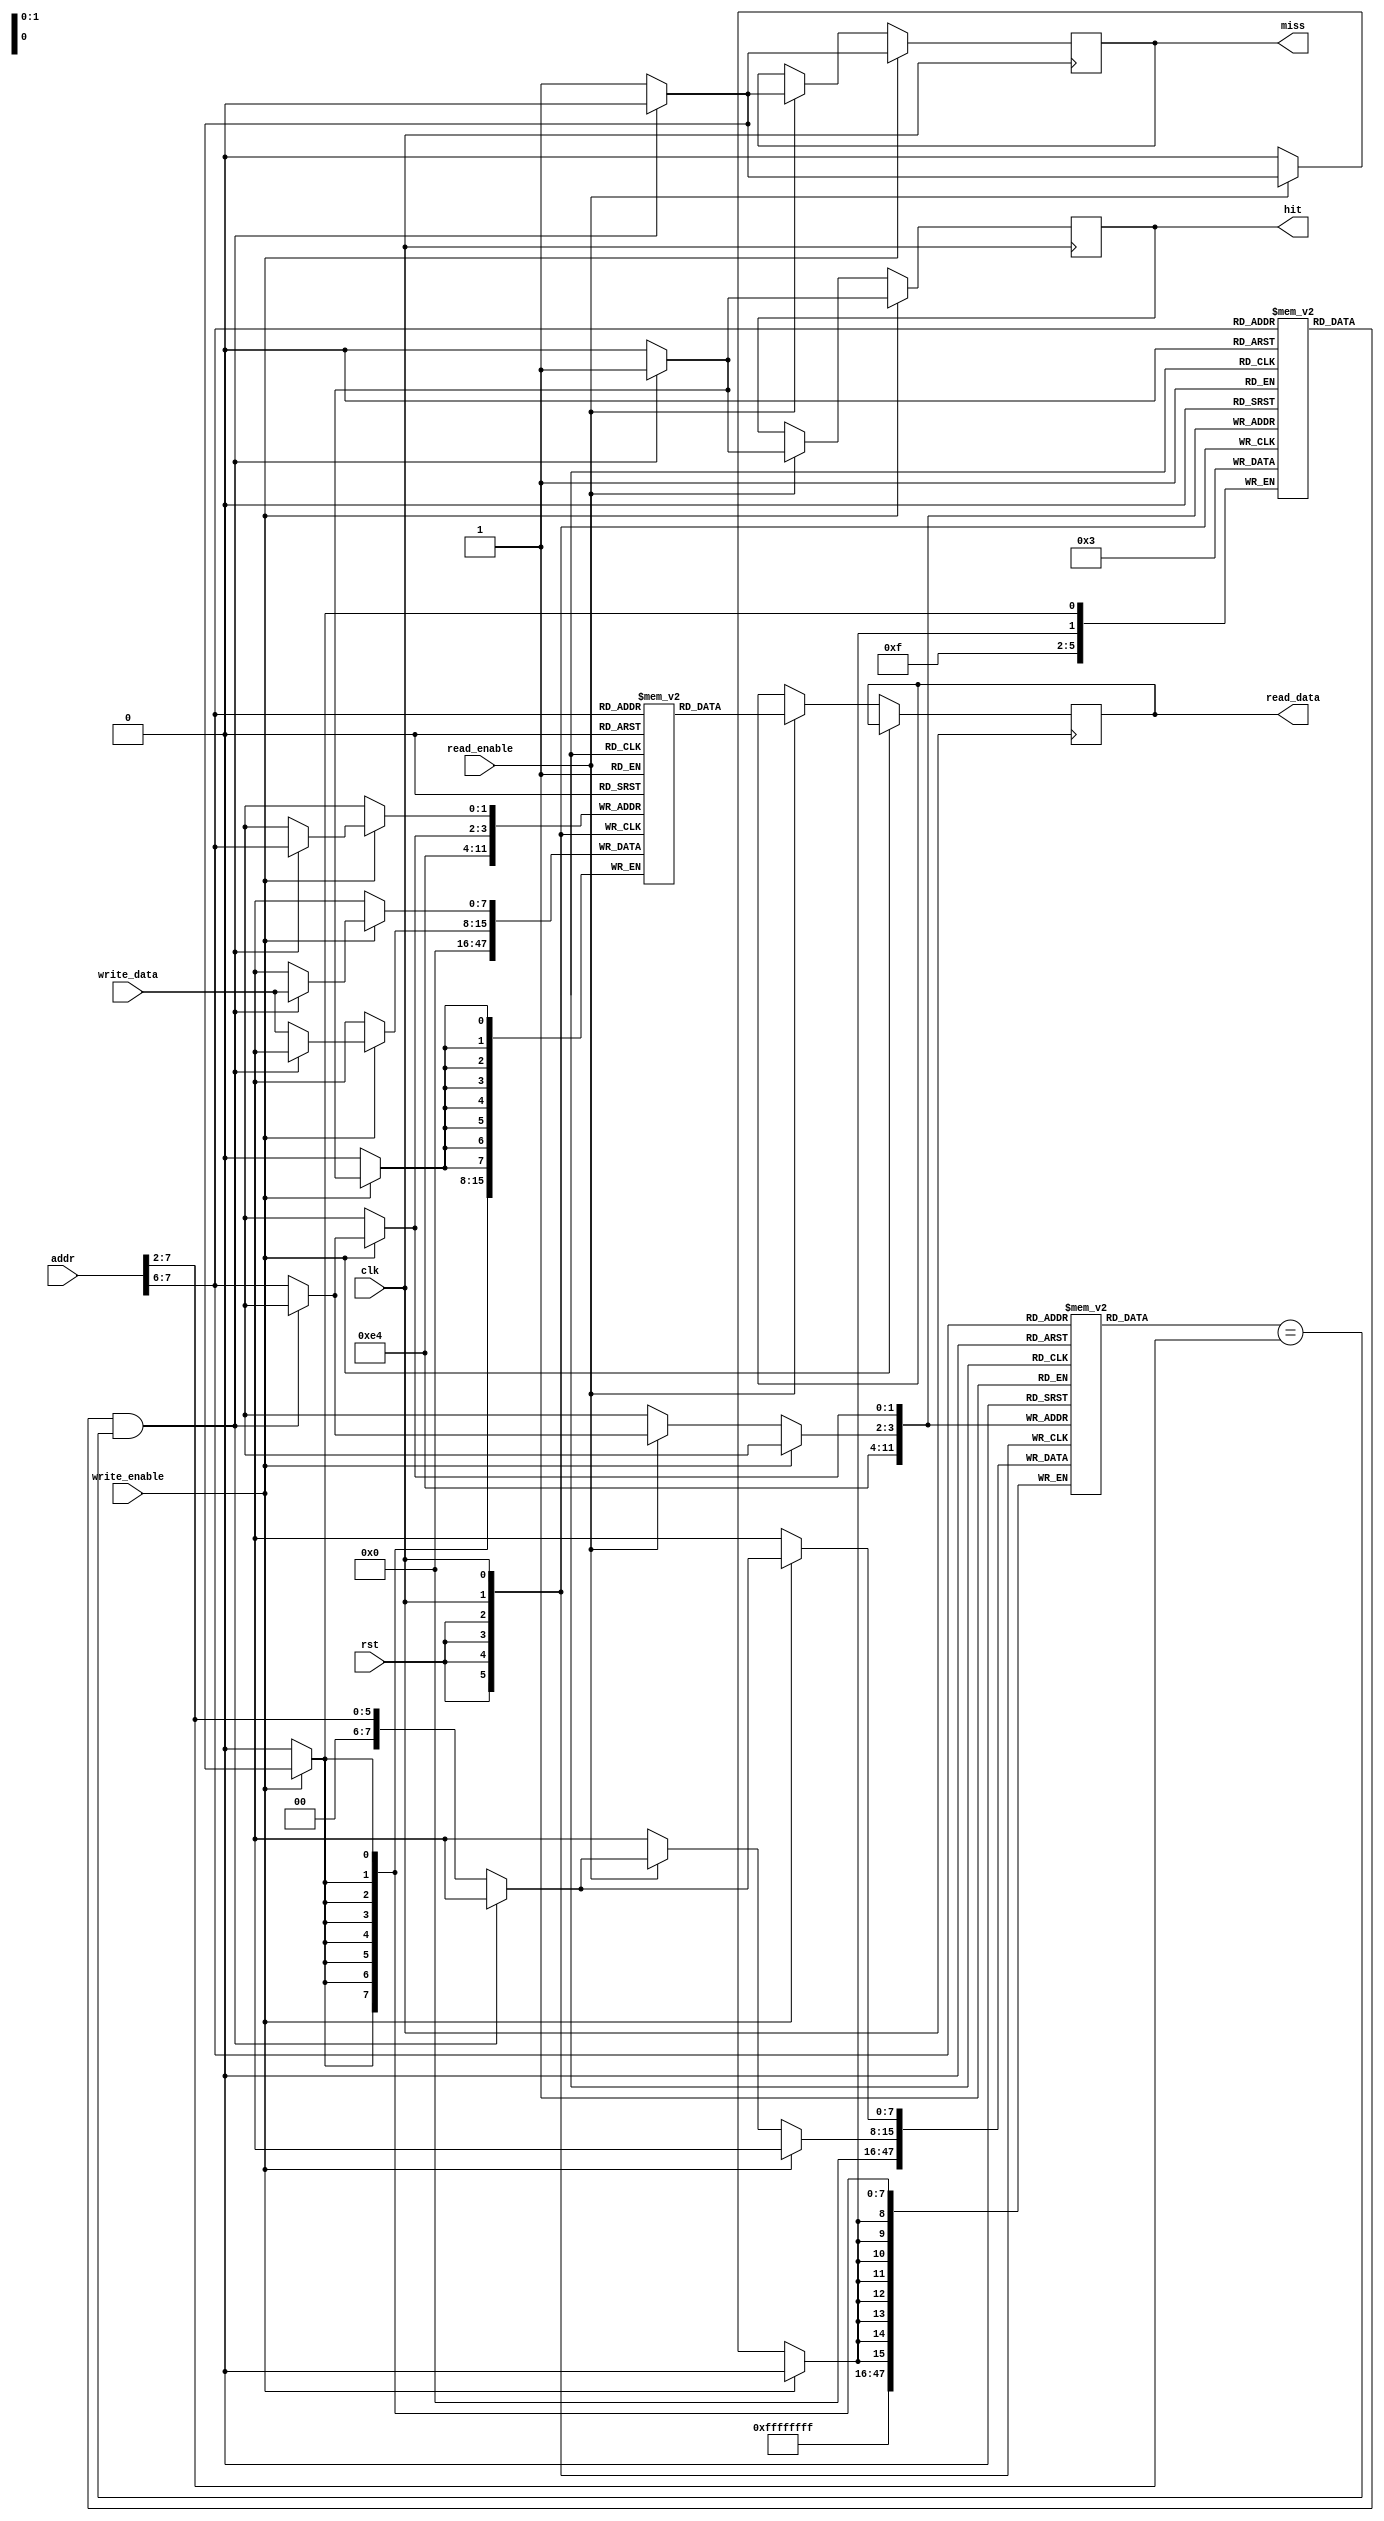
module WriteThroughCache #(
    parameter CACHE_SIZE = 4,  // Number of cache lines
    parameter BLOCK_SIZE = 8,   // Size of each block in bytes
    parameter ADDR_WIDTH = 8     // Address width
)(
    input wire clk,
    input wire rst,
    input wire [ADDR_WIDTH-1:0] addr, // Address for read/write
    input wire [BLOCK_SIZE-1:0] write_data, // Data to write
    input wire write_enable, // Write enable signal
    input wire read_enable, // Read enable signal
    output reg [BLOCK_SIZE-1:0] read_data, // Data read from cache
    output reg hit, // Cache hit signal
    output reg miss // Cache miss signal
);

    // Cache line structure
    reg valid [0:CACHE_SIZE-1];
    reg [ADDR_WIDTH-1:0] tag [0:CACHE_SIZE-1];
    reg [BLOCK_SIZE-1:0] data [0:CACHE_SIZE-1];

    // Address decoding
    wire [ADDR_WIDTH-1:0] index = addr[ADDR_WIDTH-1:ADDR_WIDTH-$clog2(CACHE_SIZE)];
    wire [ADDR_WIDTH-1:0] tag_in = addr[ADDR_WIDTH-1:$clog2(CACHE_SIZE)];

    integer i;

    // Initialize cache on reset
    always @(posedge rst) begin
        for (i = 0; i < CACHE_SIZE; i = i + 1) begin
            valid[i] <= 1'b0;
            tag[i] <= {ADDR_WIDTH{1'b0}};
            data[i] <= {BLOCK_SIZE{1'b0}};
        end
    end

    // Cache operations
    always @(posedge clk) begin
        if (write_enable) begin
            // Write operation
            if (valid[index] && (tag[index] == tag_in)) begin
                // Cache hit
                data[index] <= write_data; // Update cache
                // Simulate write to backing store
                // In a real system, this would involve a memory interface
                hit <= 1'b1;
                miss <= 1'b0;
            end else begin
                // Cache miss
                // Fetch block from memory (not implemented here)
                // For simulation, we just assume we get some data
                data[index] <= write_data; // Update cache
                // Simulate write to backing store
                // In a real system, this would involve a memory interface
                valid[index] <= 1'b1; // Mark line as valid
                tag[index] <= tag_in; // Update tag
                hit <= 1'b0;
                miss <= 1'b1;
            end
        end else if (read_enable) begin
            // Read operation
            if (valid[index] && (tag[index] == tag_in)) begin
                // Cache hit
                read_data <= data[index]; // Read from cache
                hit <= 1'b1;
                miss <= 1'b0;
            end else begin
                // Cache miss
                // Fetch block from memory (not implemented here)
                // For simulation, we just assume we get some data
                read_data <= data[index]; // Update cache with fetched data
                valid[index] <= 1'b1; // Mark line as valid
                tag[index] <= tag_in; // Update tag
                hit <= 1'b0;
                miss <= 1'b1;
            end
        end
    end
endmodule